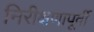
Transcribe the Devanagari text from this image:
निरीक्षणापूर्वी